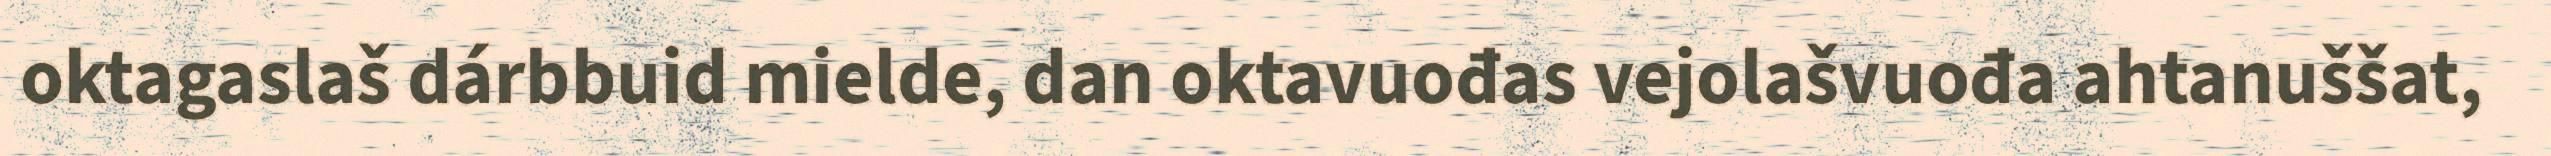
oktagaslaš dárbbuid mielde, dan oktavuođas vejolašvuođa ahtanuššat,